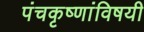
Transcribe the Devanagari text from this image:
पंचकृष्णांविषयी